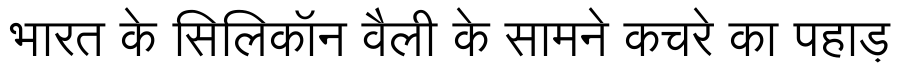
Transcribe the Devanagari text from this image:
भारत के सिलिकॉन वैली के सामने कचरे का पहाड़